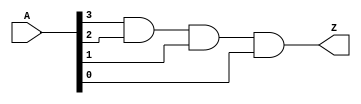
module and_4in_v (
  input [3:0] A,
  output Z
  );

  and(Z, A[3], A[2], A[1], A[0]);

endmodule //and_3in_v